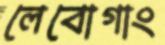
লেবোগাং